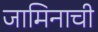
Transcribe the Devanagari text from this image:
जामिनाची